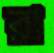
রা